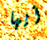
أيها